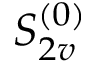
S _ { 2 v } ^ { ( 0 ) }